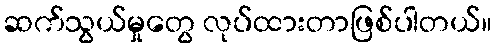
ဆက်သွယ်မှုတွေ လုပ်ထားတာဖြစ်ပါတယ်။